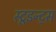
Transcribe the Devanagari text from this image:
स्टूडन्ट्स